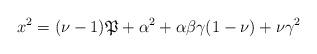
LaTeX: \begin{align*}x^2=(\nu-1)\mathfrak P+\alpha^2+\alpha\beta\gamma(1-\nu)+\nu\gamma^2\end{align*}